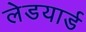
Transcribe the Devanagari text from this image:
लेडयार्ड